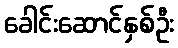
ခေါင်းဆောင်နှစ်ဦး